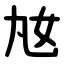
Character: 奿